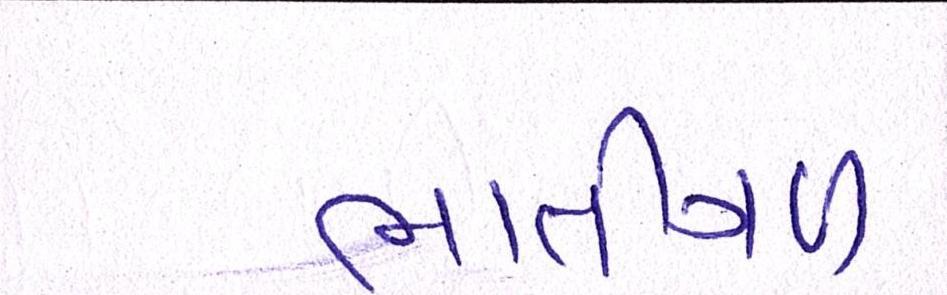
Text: ભાતીગળ